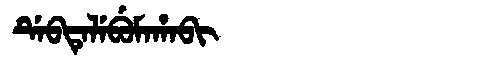
Manchu: ᡩᡝᠪᡨᡝᠯᡝᠪᡠᠮᠠᡥᠠᠪᡳ
Romanization: DEBTELEBUMAHABI